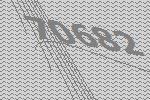
70682